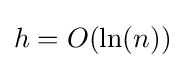
h=O(\ln(n))